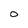
Character: o